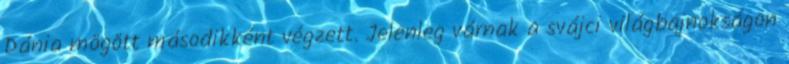
Dánia mögött másodikként végzett. Jelenleg várnak a svájci világbajnokságon